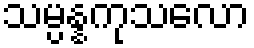
သမ္ပန္နကုသလော